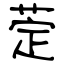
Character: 萣